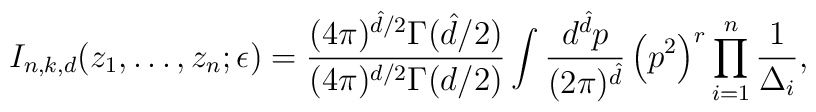
I_{n,k,d}(z_1,\dots,z_n;\epsilon) =\frac{(4\pi)^{\hat{d}/2}\Gamma(\hat{d}/2)}{(4\pi)^{d/2}\Gamma(d/2)}\int\frac{d^{\hat{d}}p}{(2\pi)^{\hat{d}}}\left(p^2\right)^r\prod_{i=1}^n\frac{1}{\Delta_i},